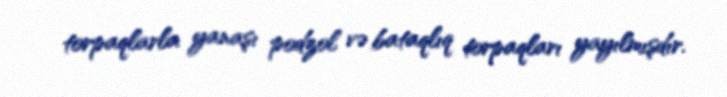
torpaqlarla yanaşı podzol və bataqlıq torpaqları yayılmışdır.